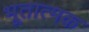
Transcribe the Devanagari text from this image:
भूतात्मक